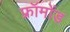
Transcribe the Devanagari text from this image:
फ्रॉमोंड